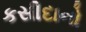
કસીદાનો